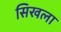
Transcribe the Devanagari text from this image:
सिखला